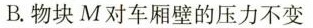
B.物块M对车厢壁的压力不变